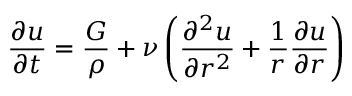
{ \frac { \partial u } { \partial t } } = { \frac { G } { \rho } } + \nu \left( { \frac { \partial ^ { 2 } u } { \partial r ^ { 2 } } } + { \frac { 1 } { r } } { \frac { \partial u } { \partial r } } \right)